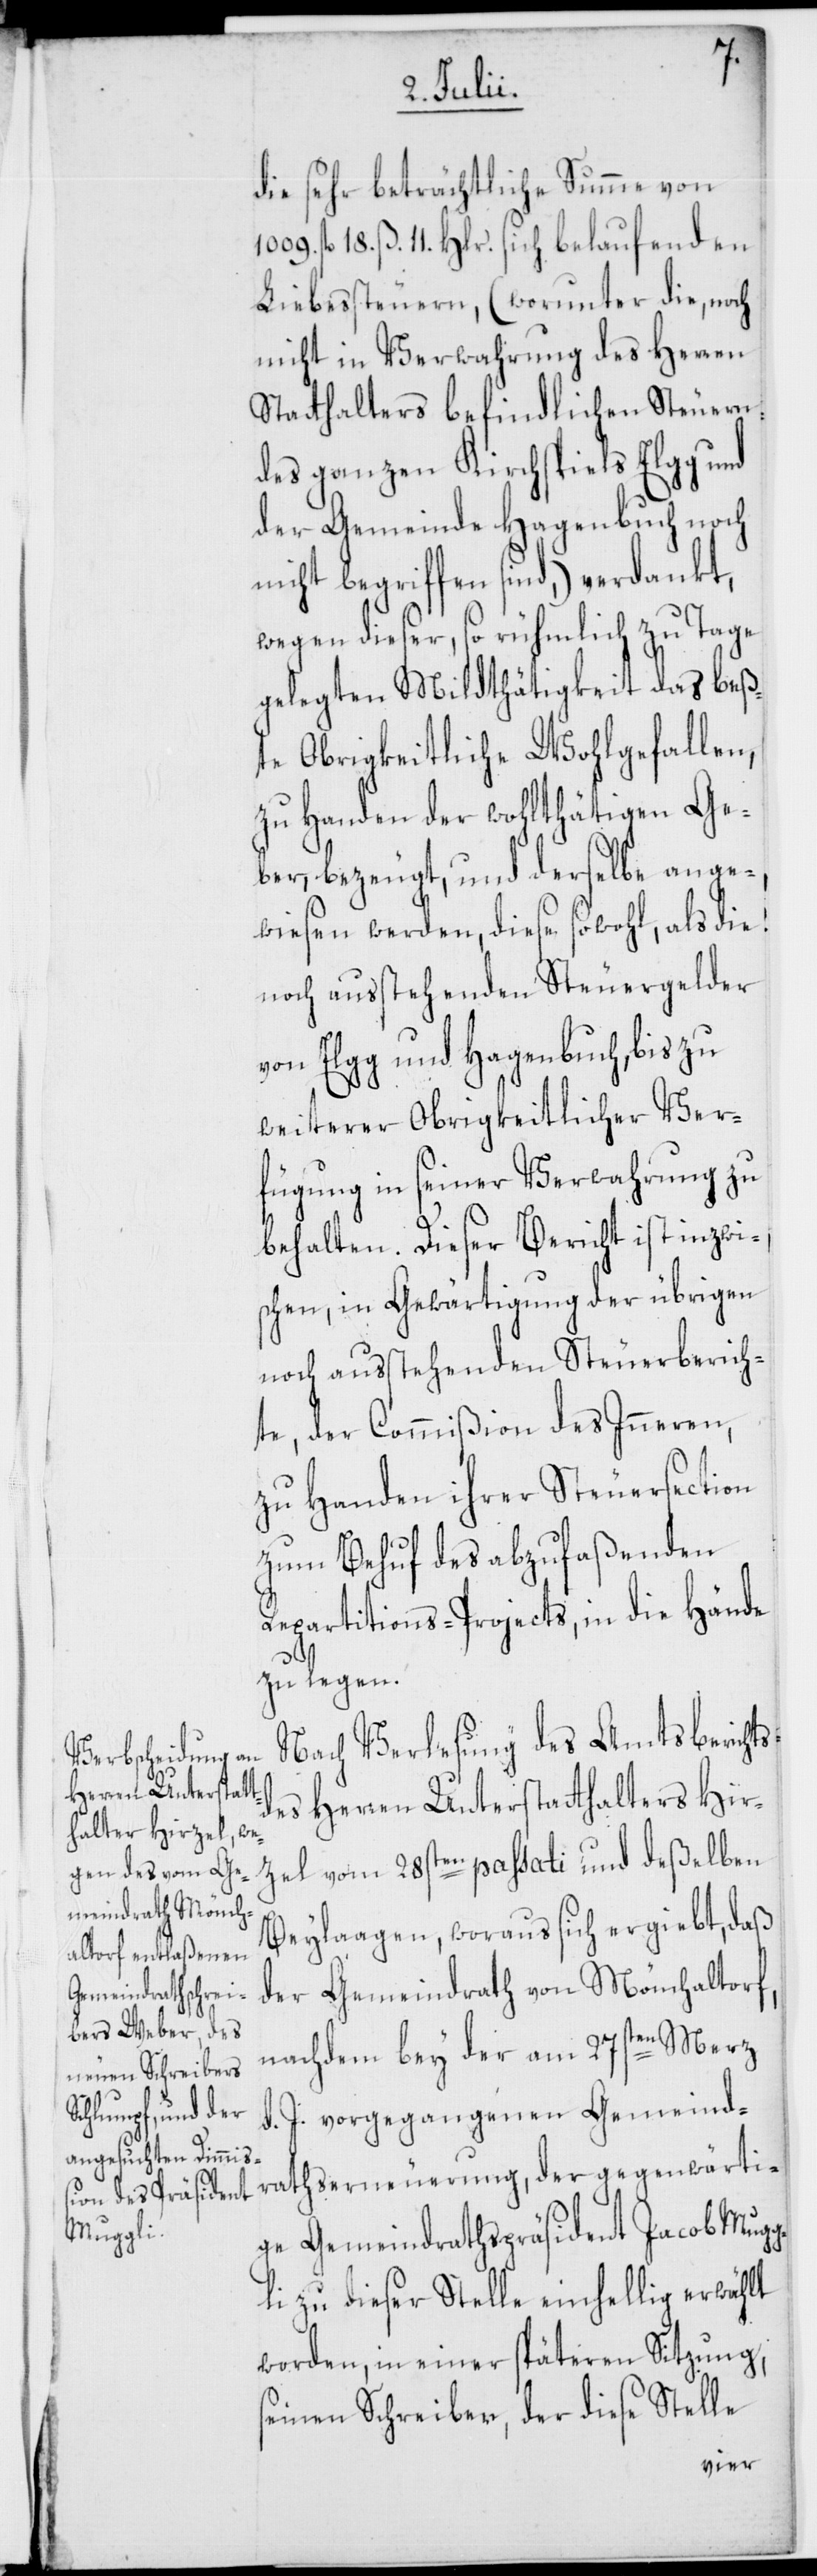
die sehr beträchtliche Summe von
fl. 18. ß 11. Hlr. sich belaufenden
Liebessteuern, (worunter die, noch
nicht in Verwahrung des Herren
Statthalters befindlichen Steuern
des ganzen Kirchspiels Elgg und
der Gemeinde Hagenbuch noch
nicht begriffen sind,) verdankt,
wegen dieser, so rühmlich zu Tage
gelegten Mildthätigkeit das beß¬
te Obrigkeitliche Wohlgefallen,
zu Handen der wohlthätigen Ge¬
ber, bezeugt, und derselbe ange¬
wiesen werden, diese sowohl, als die
noch ausstehenden Steuergelder
von Elgg und Hagenbuch, bis zu
weiterer Obrigkeitlicher Ver¬
fügung in seiner Verwahrung zu
behalten. Dieser Bericht ist inzwi¬
schen, in Gewärtigung der übrigen
noch ausstehenden Steuerberich¬
te, der Commißion des Inneren,
zu Handen ihrer Steuersection
zum Behuf des abzufaßenden
Repartitions-Projects, in die Hände
zu legen.
Nach Verlesung des Amtsberichts
des Herren Unterstatthalters Hir¬
zel vom 28sten passati und deßelben
Beylaagen, woraus sich ergiebt, daß
der Gemeindrath von Mönchaltorf,
nachdem bey der am 27sten Merz
d. J. vorgegangenen Gemeind¬
rathserneuerung, der gegenwärti¬
ge Gemeindrathspräsident Jacob Mugg¬
li zu dieser Stelle einhellig erwählt
worden, in einer späteren Sitzung,
seinen Schreiber, der diese Stelle